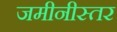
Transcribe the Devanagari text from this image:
जमीनीस्तर